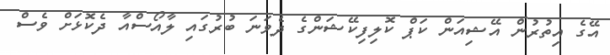
އޭގެ އިތުރުން އޭޝިއަން ކަޕް ކޮލިފިކޭޝަންގެ ދެވަނަ ބުރުގައި ލާއޯސްއާ ދެކޮޅަށް ވެސް